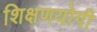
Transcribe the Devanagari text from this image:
शिक्षणयोगी